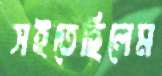
সইতেছিলেম